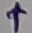
Text: +